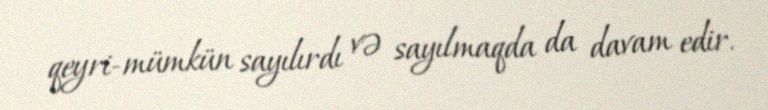
qeyri-mümkün sayılırdı və sayılmaqda da davam edir.